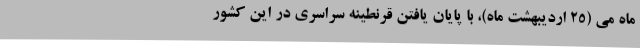
ماه می (۲۵ اردیبهشت ماه)، با پایان یافتن قرنطینه سراسری در این کشور